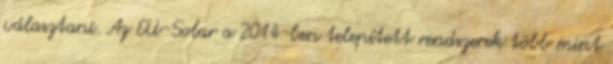
választani. Az EU-Solar a 2014-ben telepített rendszerek több mint